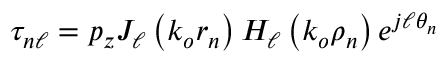
\tau _ { n \ell } = p _ { z } J _ { \ell } \left( k _ { o } r _ { n } \right) H _ { \ell } \left( k _ { o } \rho _ { n } \right) e ^ { j \ell \theta _ { n } }